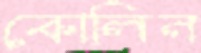
কোলিন